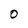
Character: 0